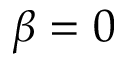
\beta = 0